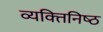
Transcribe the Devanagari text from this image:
व्यक्‍तिनिष्‍ठ